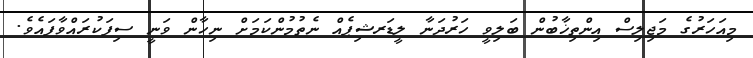
މިއަހަރުގެ މަޖިލިސް އިންތިޚާބުން ބަލިވީ ހަރުދަނާ ލީޑަރޝިޕެއް ނެތުމުންކަމަށް ނިހާން ވަނީ ސިފަކުރައްވާފައެވެ.